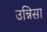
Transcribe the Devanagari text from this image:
उन्निसा